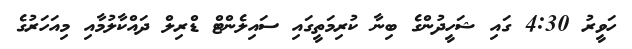
ހަވީރު 4:30 ގައި ޝަހީދުންގެ ބިނާ ކުރިމަތީގައި ސައިލެންޓް ޑްރިލް ދައްކާލުމާއި މިއަހަރުގެ